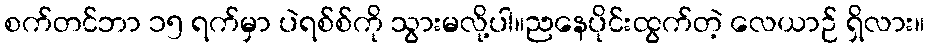
စက်တင်ဘာ ၁၅ ရက်မှာ ပဲရစ်စ်ကို သွားမလို့ပါ။ညနေပိုင်းထွက်တဲ့ လေယာဉ် ရှိလား။